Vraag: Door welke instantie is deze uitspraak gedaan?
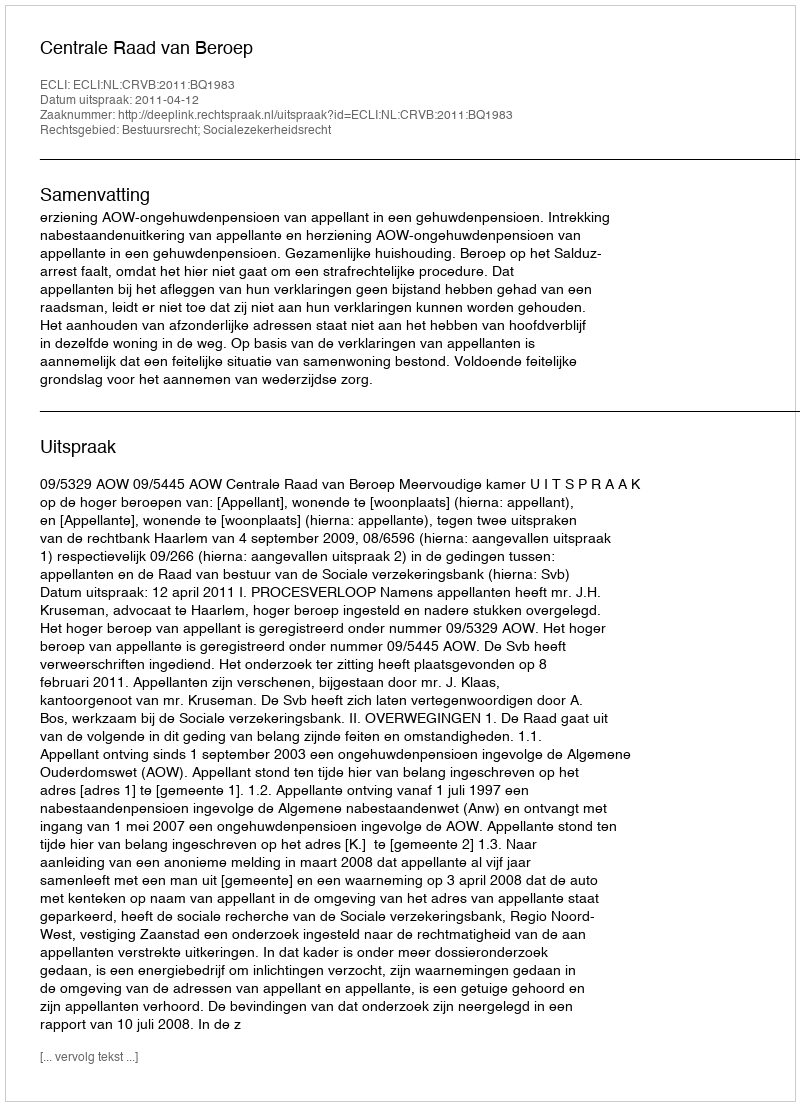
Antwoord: Centrale Raad van Beroep